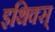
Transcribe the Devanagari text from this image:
इथिक्स्